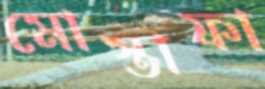
মোস্তাফা